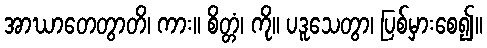
အာဃာတေတွာတိ၊ ကား။ စိတ္တံ၊ ကို။ ပဒူသေတွာ၊ ပြစ်မှားစေ၍။